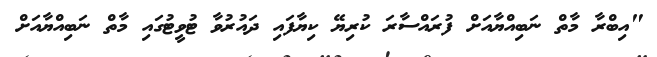
"އިބްރާ މާތް ނަބިއްޔާއަށް ފުރައްސާރަ ކުރިޔޭ ކިޔާފައި ދައުރުވާ ޓުވީޓުގައި މާތް ނަބިއްޔާއަށް